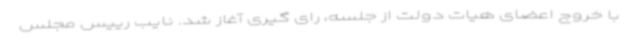
با خروج اعضای هیات دولت از جلسه، رای گیری آغاز شد. نایب رییس مجلس